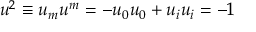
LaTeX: u ^ { 2 } \equiv u _ { m } u ^ { m } = - u _ { 0 } u _ { 0 } + u _ { i } u _ { i } = - 1